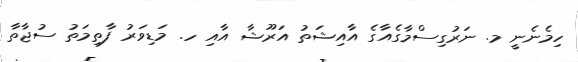
ހިމެނެނީ މ. ނަރުގިސްމާގެއާގެ އާއިޝަތު އަރޫޝާ އާއި ހ. މަޑިވަރު ފާތިމަތު ސުޖާތާ